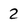
Character: 2